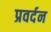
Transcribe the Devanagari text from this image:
प्रवर्दन